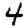
Digit: 4